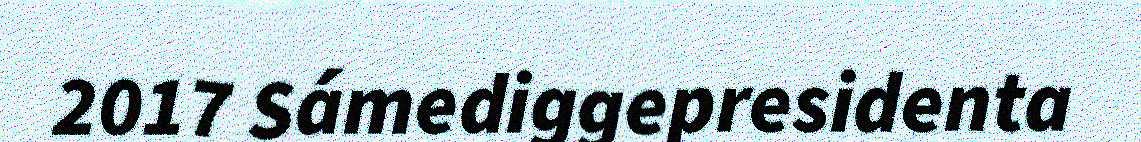
2017 Sámediggepresidenta